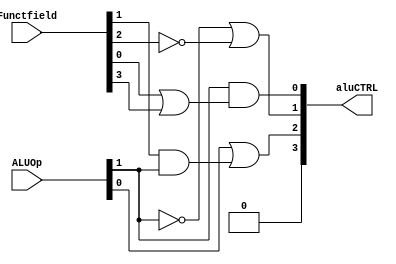
module ALU_control (ALUOp, Functfield, aluCTRL);
    parameter fun_size = 6;
    
    output [3:0] aluCTRL;
    
    input [1:0] ALUOp;
    input [fun_size-1:0] Functfield;
    
    wire t1,t2;
    
    or (t1, Functfield[0], Functfield[3]);
    and (aluCTRL[0], ALUOp[1], t1);
    and (t2, Functfield[1], ALUOp[1]);
    or (aluCTRL[2], ALUOp[0], t2);
    or (aluCTRL[1], ~ALUOp[1], ~Functfield[2]);
    
    assign aluCTRL[3]= 1'b0;
   
endmodule